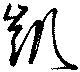
凱